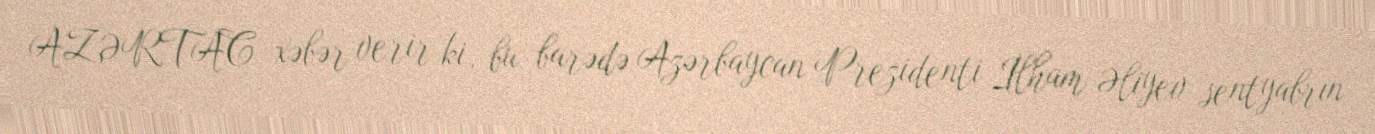
AZƏRTAC xəbər verir ki, bu barədə Azərbaycan Prezidenti İlham Əliyev sentyabrın